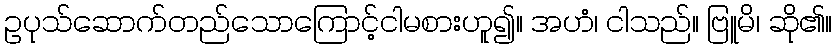
ဥပုသ်ဆောက်တည်သောကြောင့်ငါမစားဟူ၍။ အဟံ၊ ငါသည်။ ဗြူမိ၊ ဆို၏။